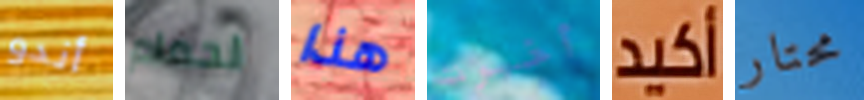
أندو لحمام هذا أخبرت أكيد محتار